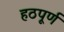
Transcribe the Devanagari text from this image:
हठपूर्ण